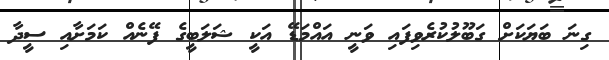
ގިނަ ބަޔަކަށް ގަބޫލުކުރެވިފައި ވަނީ އައްމަޑޭ އަކީ ޝަލަބީގެ ފޭނެއް ކަމަށާއި ސީދާ